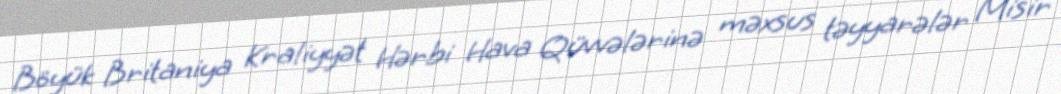
Böyük Britaniya Kraliyyət Hərbi Hava Qüvvələrinə məxsus təyyarələr Misir